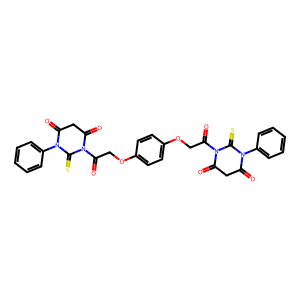
SMILES: O=C(COc1ccc(OCC(=O)N2C(=O)CC(=O)N(c3ccccc3)C2=S)cc1)N1C(=O)CC(=O)N(c2ccccc2)C1=S
Inhibits HIV replication: No